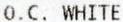
O.C. WHITE